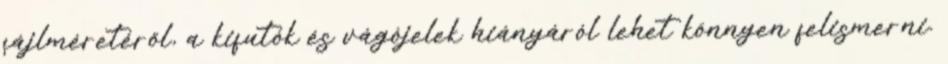
fájlméretéről, a kifutók és vágójelek hiányáról lehet könnyen felismerni.